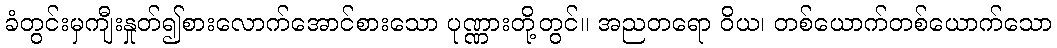
ခံတွင်းမှကျီးနှုတ်၍စားလောက်အောင်စားသော ပုဏ္ဏားတို့တွင်။ အညတရော ဝိယ၊ တစ်ယောက်တစ်ယောက်သော